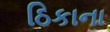
ઠિકાના